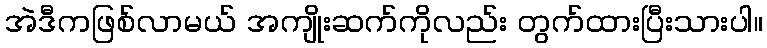
အဲဒီကဖြစ်လာမယ် အကျိုးဆက်ကိုလည်း တွက်ထားပြီးသားပါ။